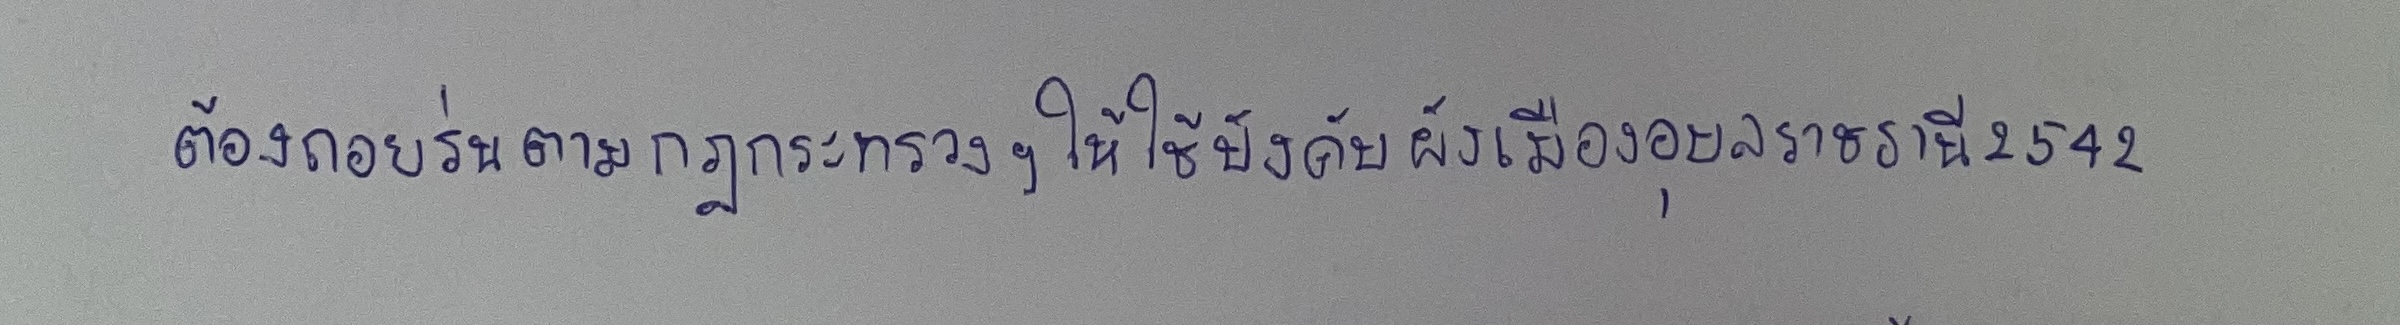
ต้องถอยร่นตามกฎกระทรวงฯให้ใช้บังคับผังเมืองอุบลราชธานี2542